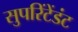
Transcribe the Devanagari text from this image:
सुपरिंटेंडंट